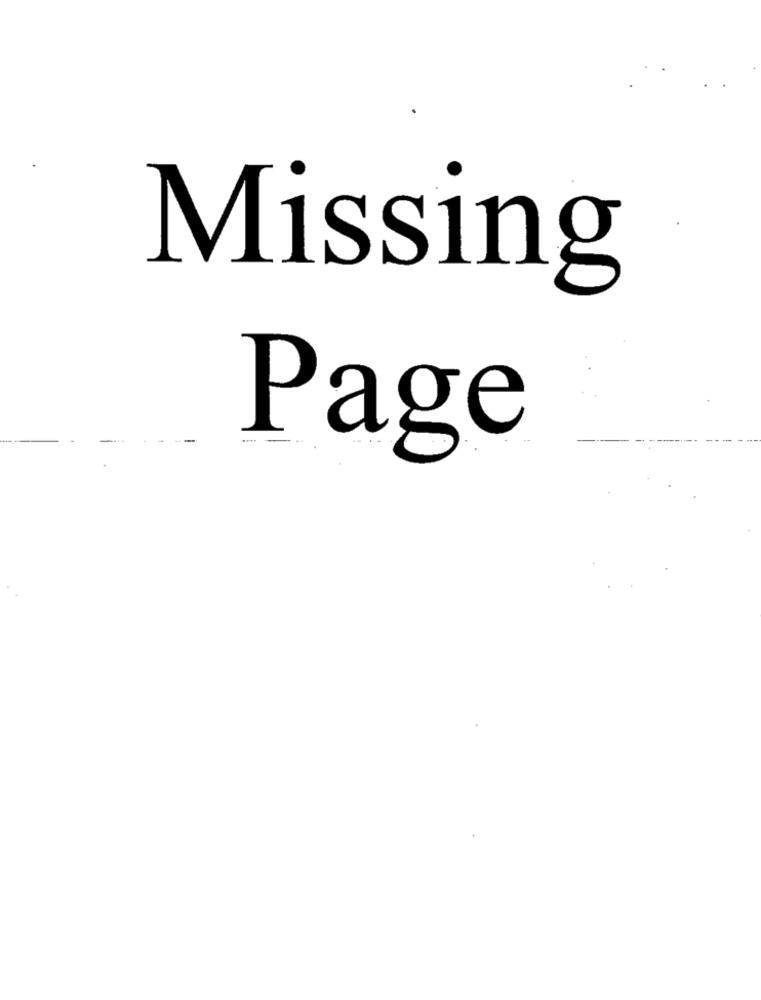
Missing
Page